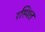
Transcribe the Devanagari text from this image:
रस्थित